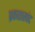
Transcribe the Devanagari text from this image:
प्रकाशस्पंद